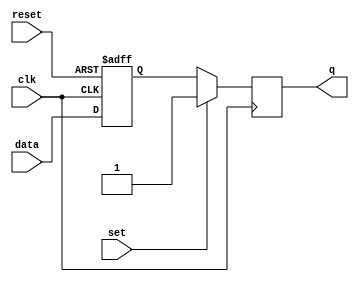
module sr_flip_flop (
    input wire clk,
    input wire reset,
    input wire set,
    input wire data,
    output reg q
);

reg master_out;

always @(posedge clk or posedge reset) begin
    if (reset) begin
        master_out <= 1'b0;
    end else begin
        master_out <= data;
    end
end

always @(posedge clk) begin
    if (set) begin
        q <= 1'b1;
    end else begin
        q <= master_out;
    end
end

endmodule